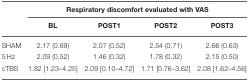
|  | <COLSPAN=4> Respiratory discomfort evaluated with VAS |
 |  | BL | POST1 | POST2 | POST3 |
 | --- | --- | --- | --- | --- |
 | SHAM | 2.17 (0.69) | 2.07 (0.52) | 2.54 (0.71) | 2.66 (0.63) |
 | 5 Hz | 2.09 (0.52) | 1.46 (0.32) | 1.78 (0.32) | 2.15 (0.50) |
 | cTBS | 1.82 [1.23–4.25] | 2.09 [0.10–4.72] | 1.71 [0.76–3.62] | 2.08 [1.62–4.56] |